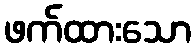
ဖက်ထားသော